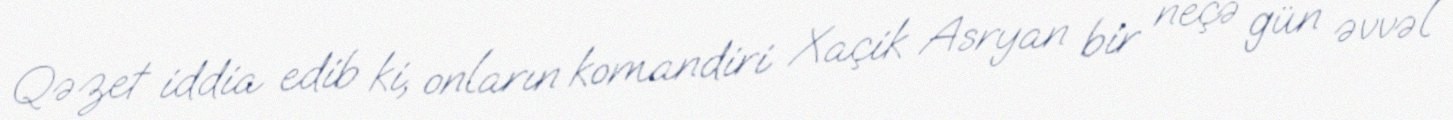
Qəzet iddia edib ki, onların komandiri Xaçik Asryan bir neçə gün əvvəl